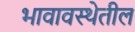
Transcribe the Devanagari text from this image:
भावावस्थेतील